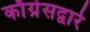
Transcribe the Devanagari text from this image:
काँग्रेसद्वारे